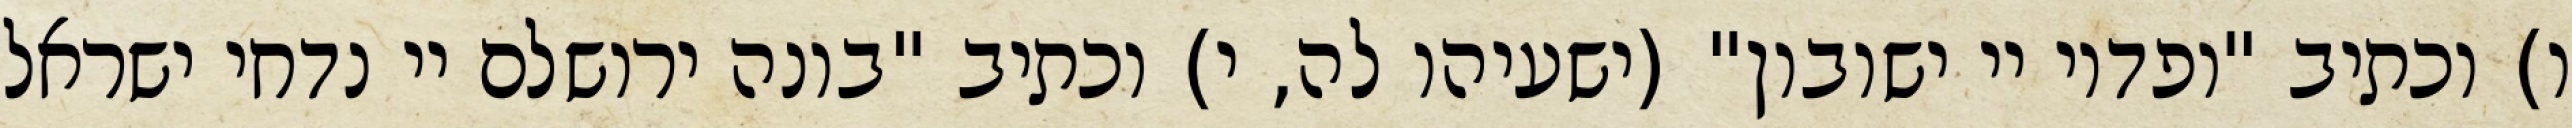
ו) וכתיב "ופדוי יי ישובון" (ישעיהו לה, י) וכתיב "בונה ירושלם יי נדחי ישראל